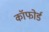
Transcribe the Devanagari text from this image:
कॉफोर्ड